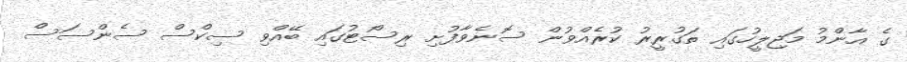
ގެ އާންމު މަޖިލީހުގައި ތަގުރީރު ކުރެއްވުން ސޮނެވާފުށި ރިސޯޓުގައި ބޭއްވި ސިކްސް ސެންސަސް